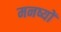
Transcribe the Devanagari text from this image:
मनष्यों